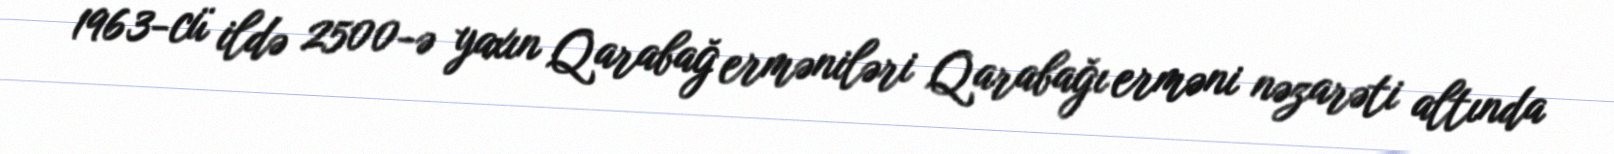
1963-cü ildə 2500-ə yaxın Qarabağ erməniləri Qarabağı erməni nəzarəti altında